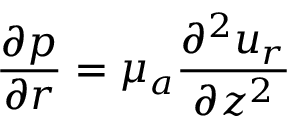
\frac { { \partial } { p } } { { \partial } { r } } = { \mu } _ { a } \frac { { \partial } ^ { 2 } { u } _ { r } } { { \partial } z ^ { 2 } }